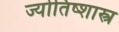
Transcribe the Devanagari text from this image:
ज्योतिष्शास्त्र